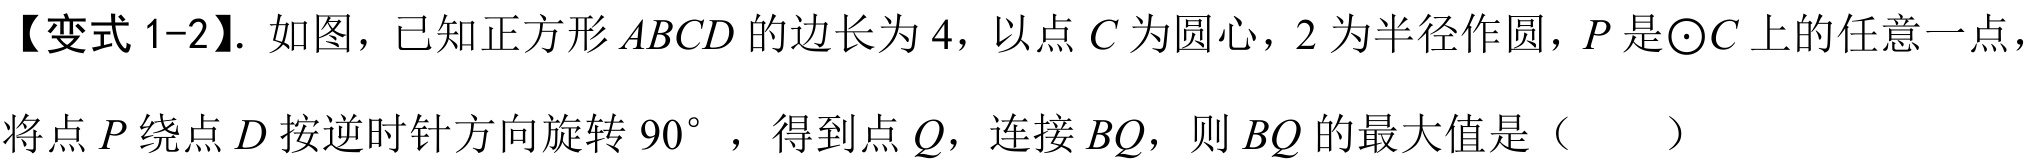
【变式 1-2】. 如图，已知正方形 \(ABCD\) 的边长为 \(4\)，以点 \(C\) 为圆心，\(2\) 为半径作圆，\(P\) 是\(\odot C\) 上的任意一点，
将点 \(P\) 绕点 \(D\) 按逆时针方向旋转 \(90^{\circ}\) ，得到点 \(Q\)，连接 \(BQ\)，则 \(BQ\) 的最大值是（  ）